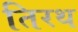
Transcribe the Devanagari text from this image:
तिरथ